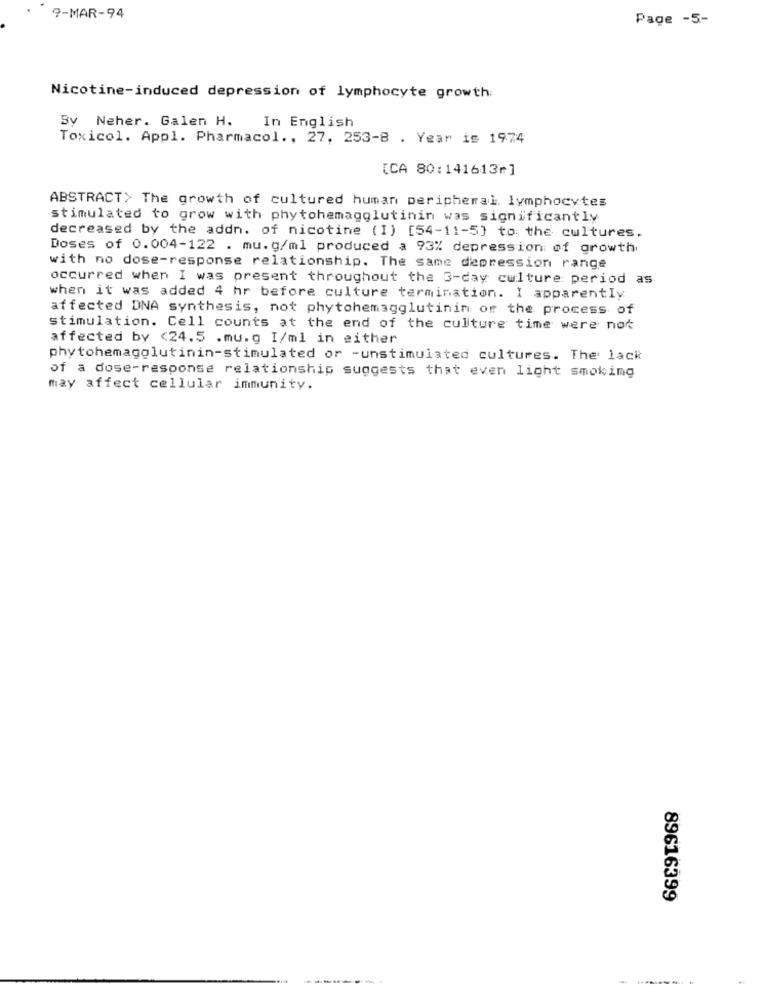
9-MAR-94
Page -5-
Nicotine-induced depression of lymphocyte growth
In English
By Neher. Galen H.
Toxicol. Appl. Pharmacol ., 27, 253-8 . Year is 1974
[CA 80:141613"]
ABSTRACT> The growth of cultured human peripheral. lymphocytes
stimulated to grow with phytohemagglutinin was significantly
decreased by the addn. of nicotine (1) [54-11-5] to the cultures.
Doses of 0.004-122 . mu.g/ml produced a 93% depression of growth
with no dose-response relationship. The same depression range
occurred when I was present throughout the 3-day culture period as
when it was added 4 hr before culture termination. I apparently
affected DNA synthesis, not phytohemagglutinin of the process of
stimulation. Cell counts at the end of the culture time were not
affected by <24.5 .mu.g I/ml in either
phytohemagglutinin-stimulated or -unstimulated cultures. The lack
of a dose-response relationship suggests that even Light smoking
may affect cellular immunity.
89616399
------